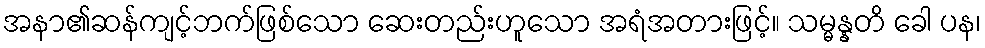
အနာ၏ဆန်ကျင့်ဘက်ဖြစ်သော ဆေးတည်းဟူသော အရံအတားဖြင့်။ သမ္မန္နတိ ခေါ ပန၊